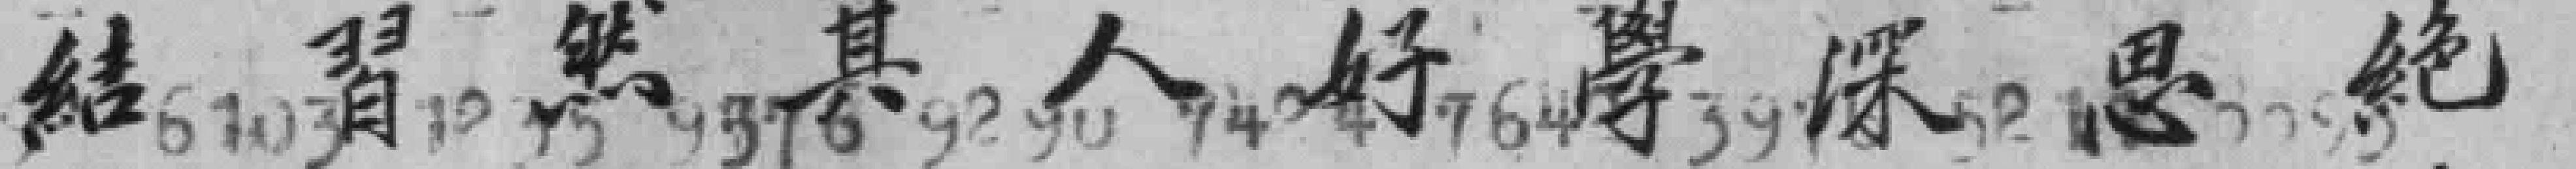
結習然其無人好學深思絶